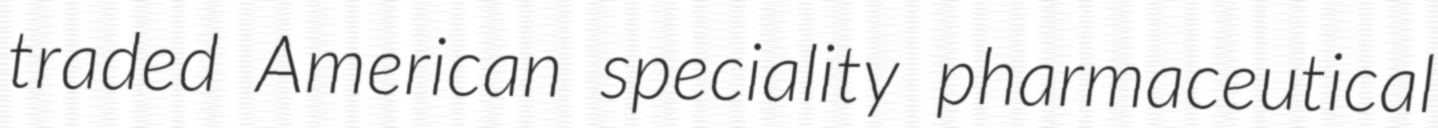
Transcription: traded American speciality pharmaceutical